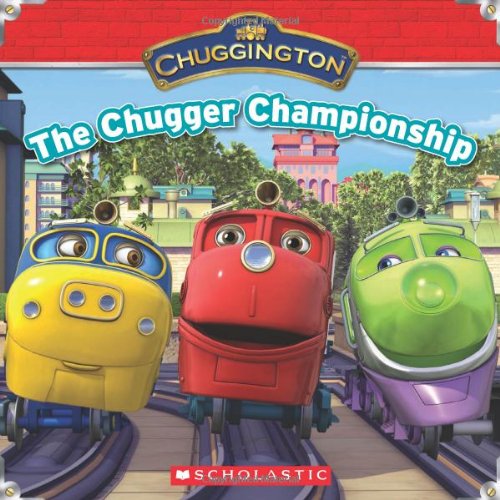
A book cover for Chuggington: The Chugger Championship; Scholastic; Children's Books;